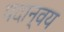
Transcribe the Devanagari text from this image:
पदान्वय